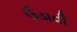
ઉડાવી